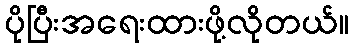
ပိုပြီးအရေးထားဖို့လိုတယ်။